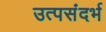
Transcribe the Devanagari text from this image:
उत्पसंदर्भ